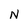
Character: N